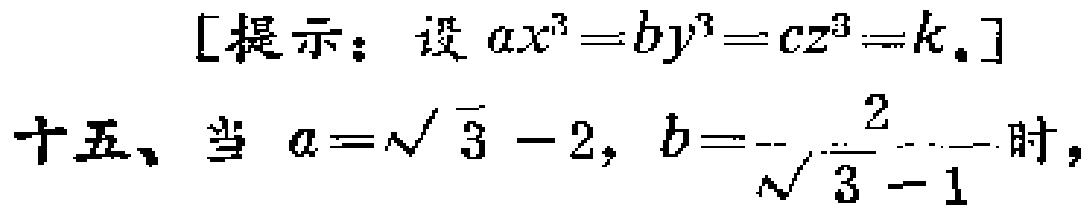
[提示：设 \(ax^{3}=by^{3}=cz^{3}=k.\)]

十五、当 \(a = \sqrt{3}-2\)，\(b =-\frac{2}{\sqrt{3}-1}\) 时，